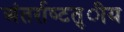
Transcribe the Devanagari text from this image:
अंतर्राष्‍टत्र्ीय